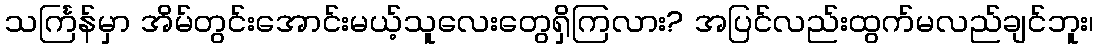
သင်္ကြန်မှာ အိမ်တွင်းအောင်းမယ့်သူလေးတွေရှိကြလား? အပြင်လည်းထွက်မလည်ချင်ဘူး၊